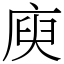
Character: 庾